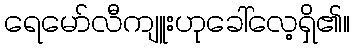
ရေမော်လီကျူးဟုခေါ်လေ့ရှိ၏။